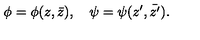
\phi = \phi ( z , \bar { z } ) , \quad \psi = \psi ( z ^ { \prime } , \bar { z ^ { \prime } } ) .